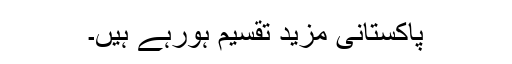
پاکستانی مزید تقسیم ہورہے ہیں۔